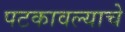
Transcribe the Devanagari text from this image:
पटकावल्याचे